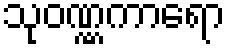
သုဝဏ္ဏကာရော